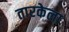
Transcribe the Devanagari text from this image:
तारकेला